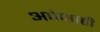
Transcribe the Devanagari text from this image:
अपेक्षाही